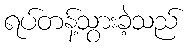
ရပ်တန့်သွားခဲ့သည်